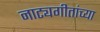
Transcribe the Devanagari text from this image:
नाट्यगीतांच्या